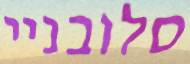
סלובניי